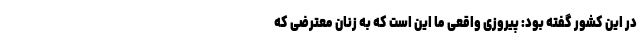
در این کشور گفته بود: پیروزی واقعی ما این است که به زنان معترضی که